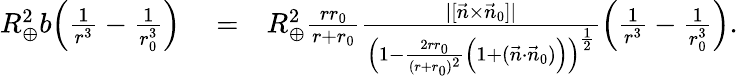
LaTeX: \begin{array}{rlr}{R_{\oplus}^{2}b\Big(\frac{1}{r^{3}}-\frac{1}{r_{0}^{3}}\Big)}&{{}=}&{R_{\oplus}^{2}\frac{rr_{0}}{r+r_{0}}\frac{|[\vec{n}\times\vec{n}_{0}]|}{\Big(1-\frac{2rr_{0}}{(r+r_{0})^{2}}\Big(1+(\vec{n}\cdot\vec{n}_{0})\Big)\Big)^{\frac{1}{2}}}\Big(\frac{1}{r^{3}}-\frac{1}{r_{0}^{3}}\Big).}\end{array}